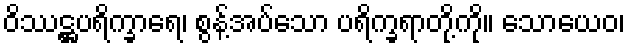
ဝိဿဋ္ဌပရိက္ခာရေ၊ စွန့်အပ်သော ပရိက္ခရာတို့ကို။ သောယေဝ၊